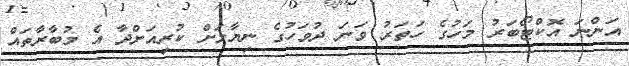
އަންނަ އޮކްޓޯބަރު މަހުގެ ހަތަރު ވަނަ ދުވަހުގެ ނިޔާލަށް ކުރިއަށްދާ އެ މުބާރާތައް